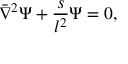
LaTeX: \bar { \nabla } ^ { 2 } \Psi + { \frac { s } { l ^ { 2 } } } \Psi = 0 ,